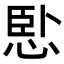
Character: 𢛶